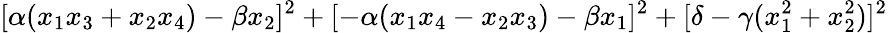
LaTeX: [\alpha(x_{1}x_{3}+x_{2}x_{4})-\beta x_{2}]^{2}+[-\alpha(x_{1}x_{4}-x_{2}x_{3})-\beta x_{1}]^{2}+[\delta-\gamma(x_{1}^{2}+x_{2}^{2})]^{2}